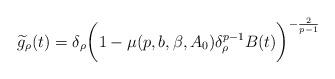
LaTeX: \begin{align*}\widetilde g_\rho (t)= \delta_\rho \bigg( 1 - \mu (p,b,\beta,A_0) \delta_\rho ^{p-1} B(t)\bigg)^{- \frac{2}{p-1}}\end{align*}